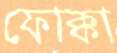
ফোক্কা